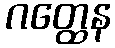
ဂတ္ထေန